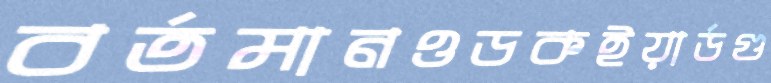
বর্তমানওডকইয়ার্ডগু